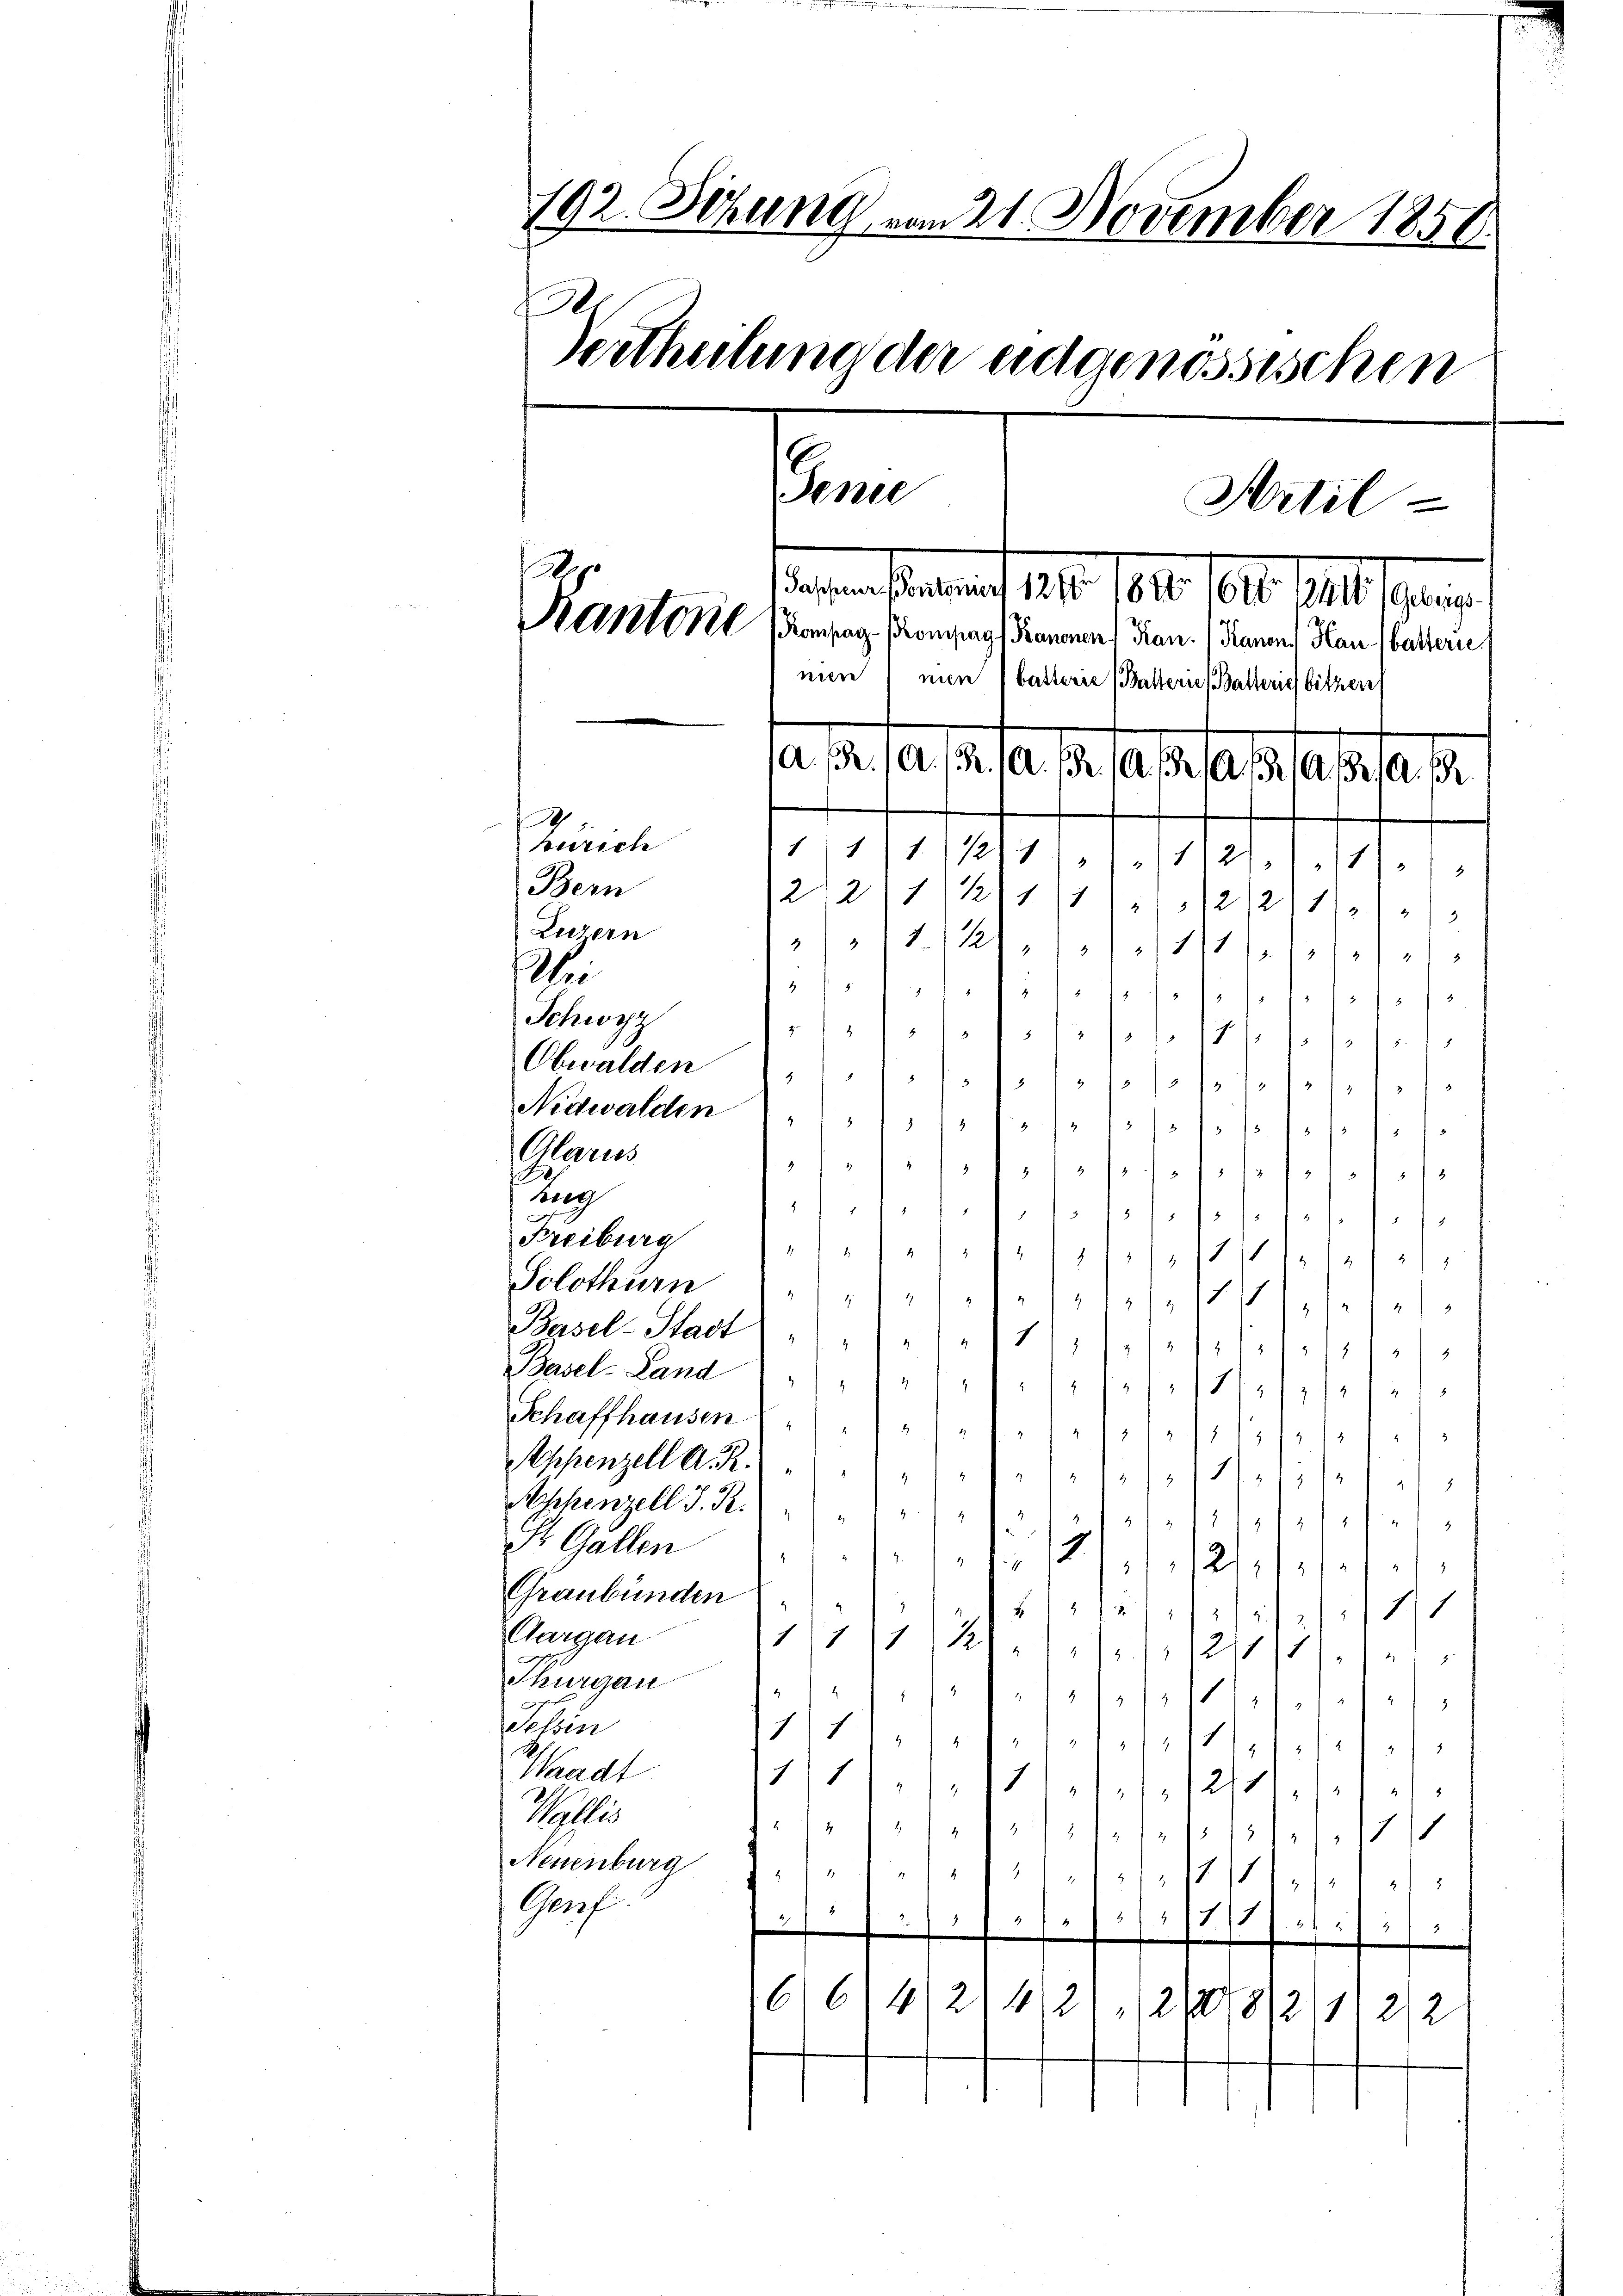
192. Setzung vom 21. November 1856.
.
Vertheilung der ungenössischen
e
Artil¬
.
aesen aber 1810. 1810. 1040. Fett sehen.
Kantor Prontag. Prompag. Pranonen Frau.  Frauen (Hau (battern,
nien) mien 1 batterie Balterie Batterig bitzen
a. a. a. a. a. a. a. a. a. a. a. a. a. a.
Zürich
1/11/117 (1271.11.1
Bern
2/211 (211/1
4
1212/11/1/3
Luzern
/1. 11. 10/11/10 les al
bei
sie sie sehr so leisegeseheresse
Schwyz

.
1. so so so so se des

Obwalden
sehe sie es so sola sochoses
so das sola so so se so fe
Glarus
foteletosoletarisersalite
Zug
)
da so so so so sehe so se
Freiburg
selhofesofasst schaf
Solothurn " " "
sowie dieser
Basel-Stadt 1
8
.
lepellen
Basel-Land u. sehr belesen solcheren
Schaffhausen u. so desselseitstetes.)
Appenzell A. R.) " "
issores Sofilefel,
Eschenzell I. R.) " " 1
2
2
.
St. Gallen
.
ede No 12
.
211 f
Graubünden
./11
Aargau
111
28. v. Js. d. 1290/2. Ja
Thurgau
se sehr besorgtestel¬
3
Tessin
1111. 1
 flehe
Waadt
111
12
s
Wallis
de telephose polisiert. 11
Naumburg z. ses ehesteres Wese
Genf.
171

e
2
B
¬
1

Nidwalden " "

16/6
4/21621 12178/2/12/2